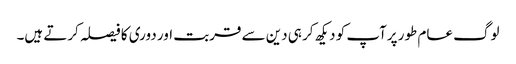
لوگ عام طور پرآپ کو دیکھ کر ہی دین سے قربت اور دوری کا فیصلہ کرتے ہیں۔